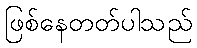
ဖြစ်နေတတ်ပါသည်